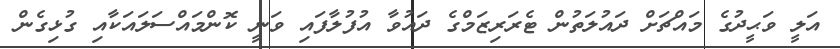
އަލީ ވަޙީދުގެ މައްޗަށް ދައުލަތުން ޓެރަރިޒަމްގެ ދައުވާ އުފުލާފައި ވަނީ ކޮންމައްސަލައަކާއި ގުޅިގެން